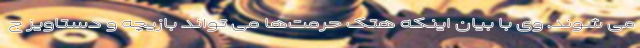
می شوند. وی با بیان اینکه هتک حرمت‌ها می تواند بازیچه و دستاویز ج